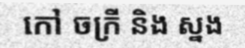
កៅ ចក្រី និង ស្នង